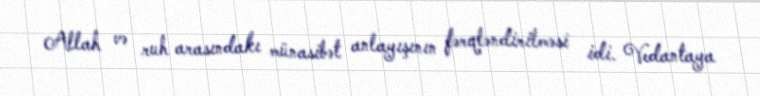
Allah və ruh arasındakı münasibət anlayışının fərqləndirilməsi idi. Vedantaya